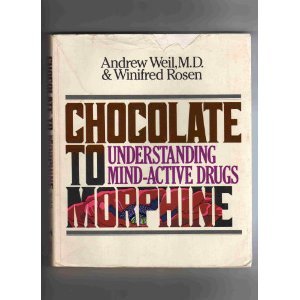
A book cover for Chocolate to Morphine: Understanding Mind-Active Drugs; Andrew Weil; Medical Books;